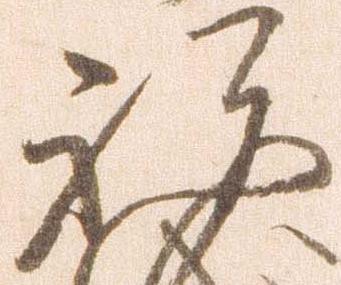
祝